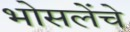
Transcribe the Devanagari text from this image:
भोसलेंचे